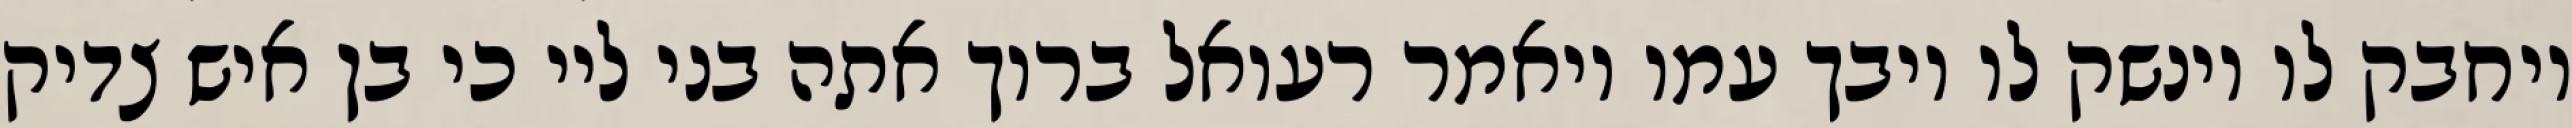
ויחבק לו וינשק לו ויבך עמו ויאמר רעואל ברוך אתה בני ליי כי בן איש צדיק